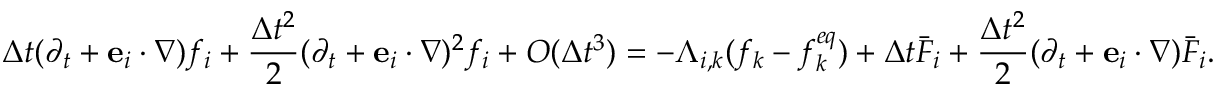
\Delta t ( { \partial _ { t } } + { { \bf { e } } _ { i } } \cdot \nabla ) { f _ { i } } + \frac { { \Delta { t ^ { 2 } } } } { 2 } { ( { \partial _ { t } } + { { \bf { e } } _ { i } } \cdot \nabla ) ^ { 2 } } { f _ { i } } + O ( \Delta { t ^ { 3 } } ) = - { \Lambda _ { i , k } } ( { f _ { k } } - f _ { k } ^ { e q } ) + \Delta t { { \bar { F } } _ { i } } + \frac { { \Delta { t ^ { 2 } } } } { 2 } ( { \partial _ { t } } + { { \bf { e } } _ { i } } \cdot \nabla ) { { \bar { F } } _ { i } } .